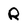
Character: R